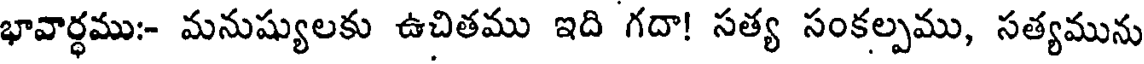
భావార్ధము:- మనుష్యులకు ఉచితము ఇది గదా! సత్య సంకల్పము, సత్యమును